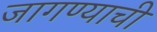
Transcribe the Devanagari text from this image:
जागण्याची